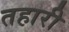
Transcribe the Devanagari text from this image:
तहारी